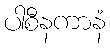
ပါစီနကာနံ